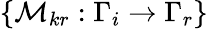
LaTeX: \{ \mathcal{M}_{kr}:\Gamma_{i}\to\Gamma_{r}\}